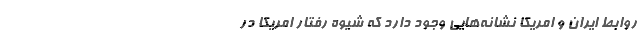
روابط ایران و امریکا نشانه‌هایی وجود دارد که شیوه رفتار امریکا در